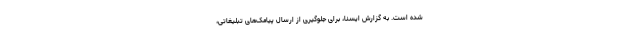
شده است. به گزارش ایسنا، برای جلوگیری از ارسال پیامک‌های تبلیغاتی،